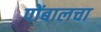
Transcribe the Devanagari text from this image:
पोंबालचा